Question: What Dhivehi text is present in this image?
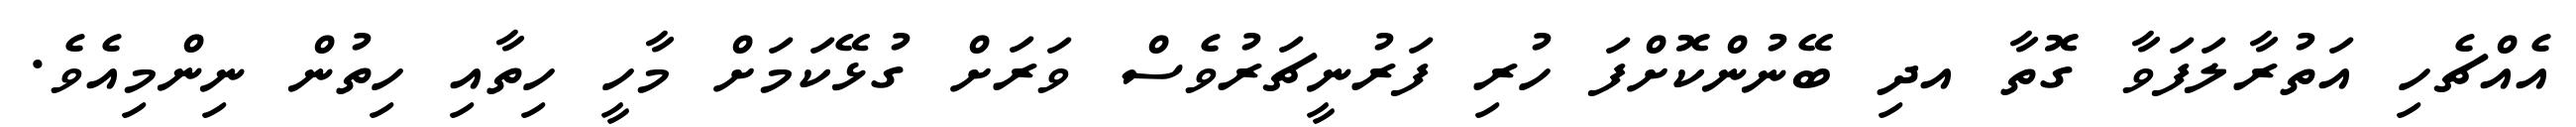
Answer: އެއްޗެހި އަތުރާލަފަވާ ގޮތާ އދި ބޭނުންކޮށްފަ ހުރި ފަރުނީޗަރުވެސް ވަރަށް ގުޅޭކަމަށް މާހީ ހިތާއި ހިތުން ނިންމިއެވެ.